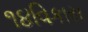
૧૪વિકાસ